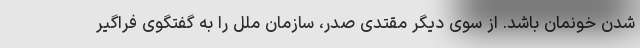
شدن خونمان باشد. از سوی دیگر مقتدی صدر، سازمان ملل را به گفتگوی فراگیر